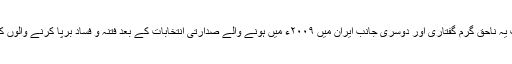
ایک طرف یہ ناحق گرم گفتاری اور دوسری جانب ایران میں ۲۰۰۹ء میں ہونے والے صدارتی انتخابات کے بعد فتنہ و فساد برپا کرنے والوں کی حمایت۔